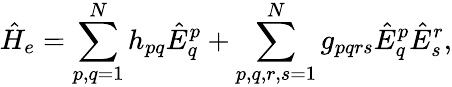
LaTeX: \hat{H}_{e}=\sum_{p,q=1}^{N}h_{pq}\hat{E}_{q}^{p}+\sum_{p,q,r,s=1}^{N}g_{pqrs}\hat{E}_{q}^{p}\hat{E}_{s}^{r},